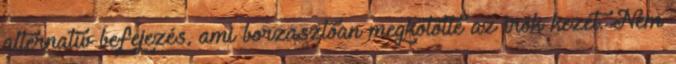
alternatív befejezés, ami borzasztóan megkötötte az írók kezét. Nem